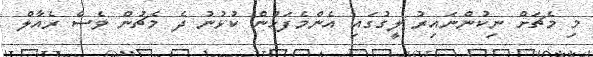
މި މެޗަށް ނިކުންނައިރު ލީގުގައި އެންމެފަހުން ކުޅުނު ދެ މެޗުން ވެސް ރެއާލް